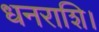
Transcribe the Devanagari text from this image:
धनराशि।